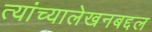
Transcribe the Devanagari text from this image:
त्यांच्यालेखनबद्दल